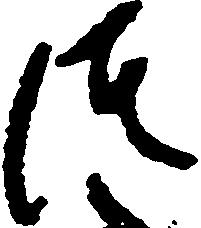
つ